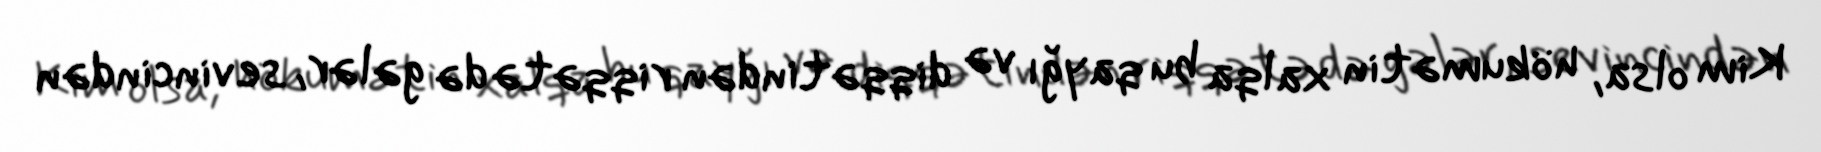
Kim olsa, hökumətin xalqa bu qayğı və diqqətindən riqqətə də gələr, sevincindən